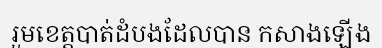
រួមខេត្តបាត់ដំបងដែលបាន កសាងឡើង